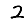
Digit: 2